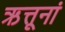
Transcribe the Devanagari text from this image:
ऋत्तूनां